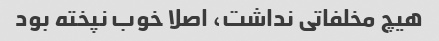
هیچ مخلفاتی نداشت، اصلا خوب نپخته بود